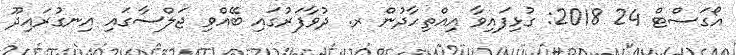
އޯގަސްޓް 24 2018: ގުޅިފައިވާ އިއްތިހާދުން ރ. ދުވާފަރުގައި ބޭއްވި ޖަލްސާގައި އިނގުރައިދޫ